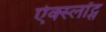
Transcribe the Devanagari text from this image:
ऐक्स्लॉट्स